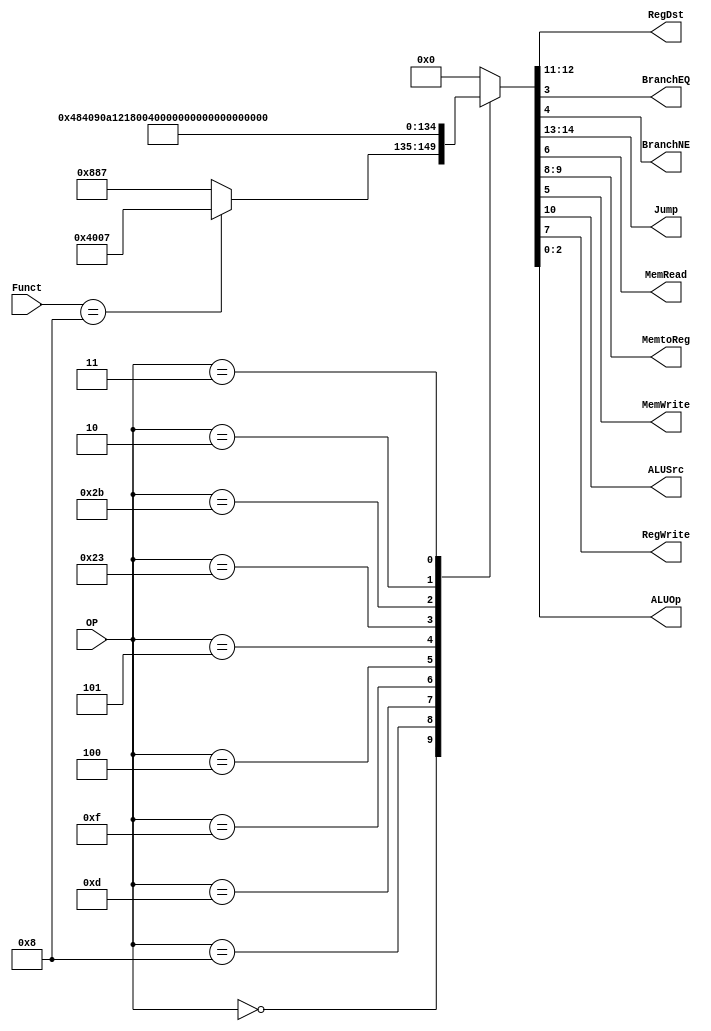
/******************************************************************
* Description
*	This is control unit for the MIPS processor. The control unit is 
*	in charge of generation of the control signals. Its only input 
*	corresponds to opcode from the instruction.
*	1.0
* Author:
*	Dr. Jos Luis Pizano Escalante
* email:
*	luispizano@iteso.mx
* Date:
*	01/03/2014
******************************************************************/
module Control
(
	input [5:0]OP,
	input [5:0]Funct,
	
	output [1:0]RegDst,
	output BranchEQ,
	output BranchNE,
	output [1:0]Jump,
	output MemRead,
	output [1:0]MemtoReg,
	output MemWrite,
	output ALUSrc,
	output RegWrite,
	output [2:0]ALUOp
);
localparam R_Type = 0;
localparam I_Type_ADDI = 6'h8;
localparam I_Type_ORI = 6'h0d;
localparam I_Type_LUI = 6'h0f;
localparam I_Type_BEQ = 6'h04;
localparam I_Type_BNE = 6'h05;
localparam I_Type_SW  = 6'h2b;
localparam I_Type_LW  = 6'h23;
localparam J_Type_JMP = 6'h02;
localparam J_Type_JAL = 6'h03;
localparam R_Type_JR	 = 6'h08;
 

reg [14:0] ControlValues;

always@(OP,Funct) begin
	case(OP)
		R_Type:  
			begin
				if (Funct == R_Type_JR)    
				ControlValues= 15'b10_00_0000_00_00_111;
				else
				ControlValues= 15'b00_01_0001_00_00_111;
			end

		I_Type_ADDI:  ControlValues= 15'b00_00_1_00_1_00_00_100;
		I_Type_ORI:   ControlValues= 15'b00_00_1_00_1_00_00_101;
		I_Type_LUI:	  ControlValues= 15'b00_00_1_00_1_00_00_110;
		
		I_Type_BEQ:	  ControlValues= 15'b00_00_0_00_0_00_01_000;
		I_Type_BNE:	  ControlValues= 15'b00_00_0_00_0_00_01_001;
		
		I_Type_LW:	  ControlValues= 15'b00_00_1_01_1_10_00_011;
		I_Type_SW:	  ControlValues= 15'b00_00_1_00_0_01_00_011;
		J_Type_JMP:	  ControlValues= 15'b01_00_0_00_0_00_00_111;
		J_Type_JAL:	  ControlValues= 15'b01_10_0_10_1_00_00_111;

		
		default:
			ControlValues= 15'b00000000000000;
		endcase
end	
	
assign Jump = ControlValues[14:13];
assign RegDst = ControlValues[12:11];
assign ALUSrc = ControlValues[10];
assign MemtoReg = ControlValues[9:8];
assign RegWrite = ControlValues[7];
assign MemRead = ControlValues[6];
assign MemWrite = ControlValues[5];
assign BranchNE = ControlValues[4];
assign BranchEQ = ControlValues[3];
assign ALUOp = ControlValues[2:0];	//se define en ALUControl

endmodule